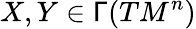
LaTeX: X,Y\in\mathsf{\Gamma}(TM^{n})